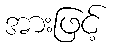
အားဖြင့်